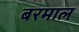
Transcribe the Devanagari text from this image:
बरमाल